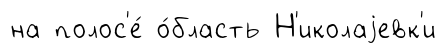
на полос'е́ о́бласть Н'иколаjевк'и